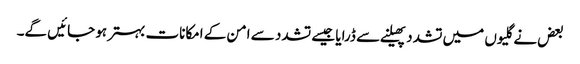
بعض نے گلیوں میں تشدد پھیلنے سے ڈرایا جیسے تشدد سے امن کے امکانات بہتر ہو جائیں گے۔